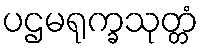
ပဌမရုက္ခသုတ္တံ